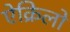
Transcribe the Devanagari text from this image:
ऐक्रिलो